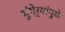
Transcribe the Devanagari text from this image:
भुंगेर्‍यांमुळे